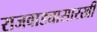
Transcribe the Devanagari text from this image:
राजवाड्यासारखी